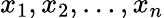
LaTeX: x_{1},x_{2},\ldots,x_{n}